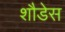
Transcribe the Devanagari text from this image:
शौडेस